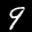
Label: 9